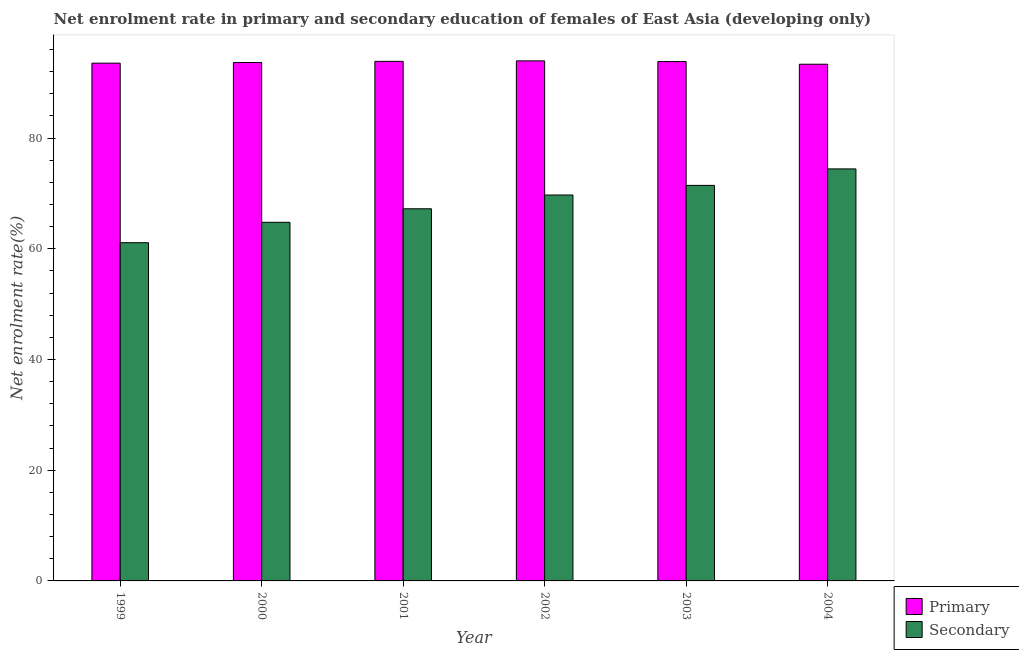
| Year | Primary | Secondary |
 | --- | --- | --- |
 | 1999 | 93.5 | 61.1 |
 | 2000 | 93.6 | 64.8 |
 | 2001 | 93.8 | 67.2 |
 | 2002 | 93.9 | 69.7 |
 | 2003 | 93.8 | 71.4 |
 | 2004 | 93.3 | 74.4 |